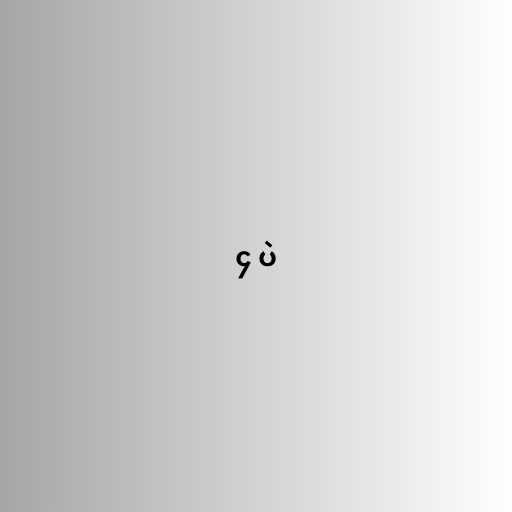
၄ ပဲ